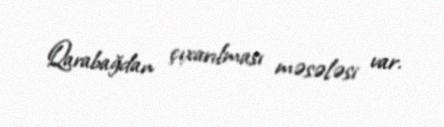
Qarabağdan çıxarılması məsələsi var.